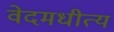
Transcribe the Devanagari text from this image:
वेदमधीत्य